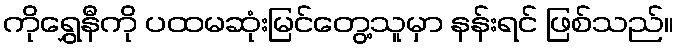
ကိုရွှေနီကို ပထမဆုံးမြင်တွေ့သူမှာ နန်းရင် ဖြစ်သည်။